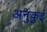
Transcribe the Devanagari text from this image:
अनुकुई